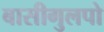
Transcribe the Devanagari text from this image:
बासीगुलपो